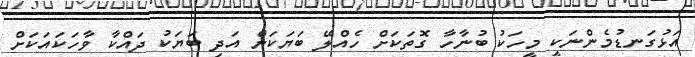
އަޅުގަނޑުމެންނަކީ މީހަކު ބުނާހާ ގޮތަކަށް ހެއްލޭ ބަޔަކަށް އަދި ބަޔަކު ދައްކާ ވާހަކައަކަށް